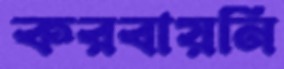
করবায়নি